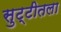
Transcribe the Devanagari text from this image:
सुट्टीतला